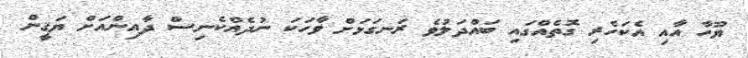
ޔޫހާ އާއި އެކަހެރި ގޮތެއްގައި ބައްދަލުވެ ރަނގަޅަށް ވާހަކަ ނުދެއްކެނިސް ދާއިންއަށް ޔަޤީން